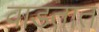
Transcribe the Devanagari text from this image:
वाडतात